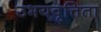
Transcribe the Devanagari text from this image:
उभयवृत्तिता